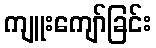
ကျူးကျော်ခြင်း